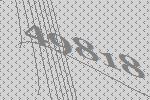
49818